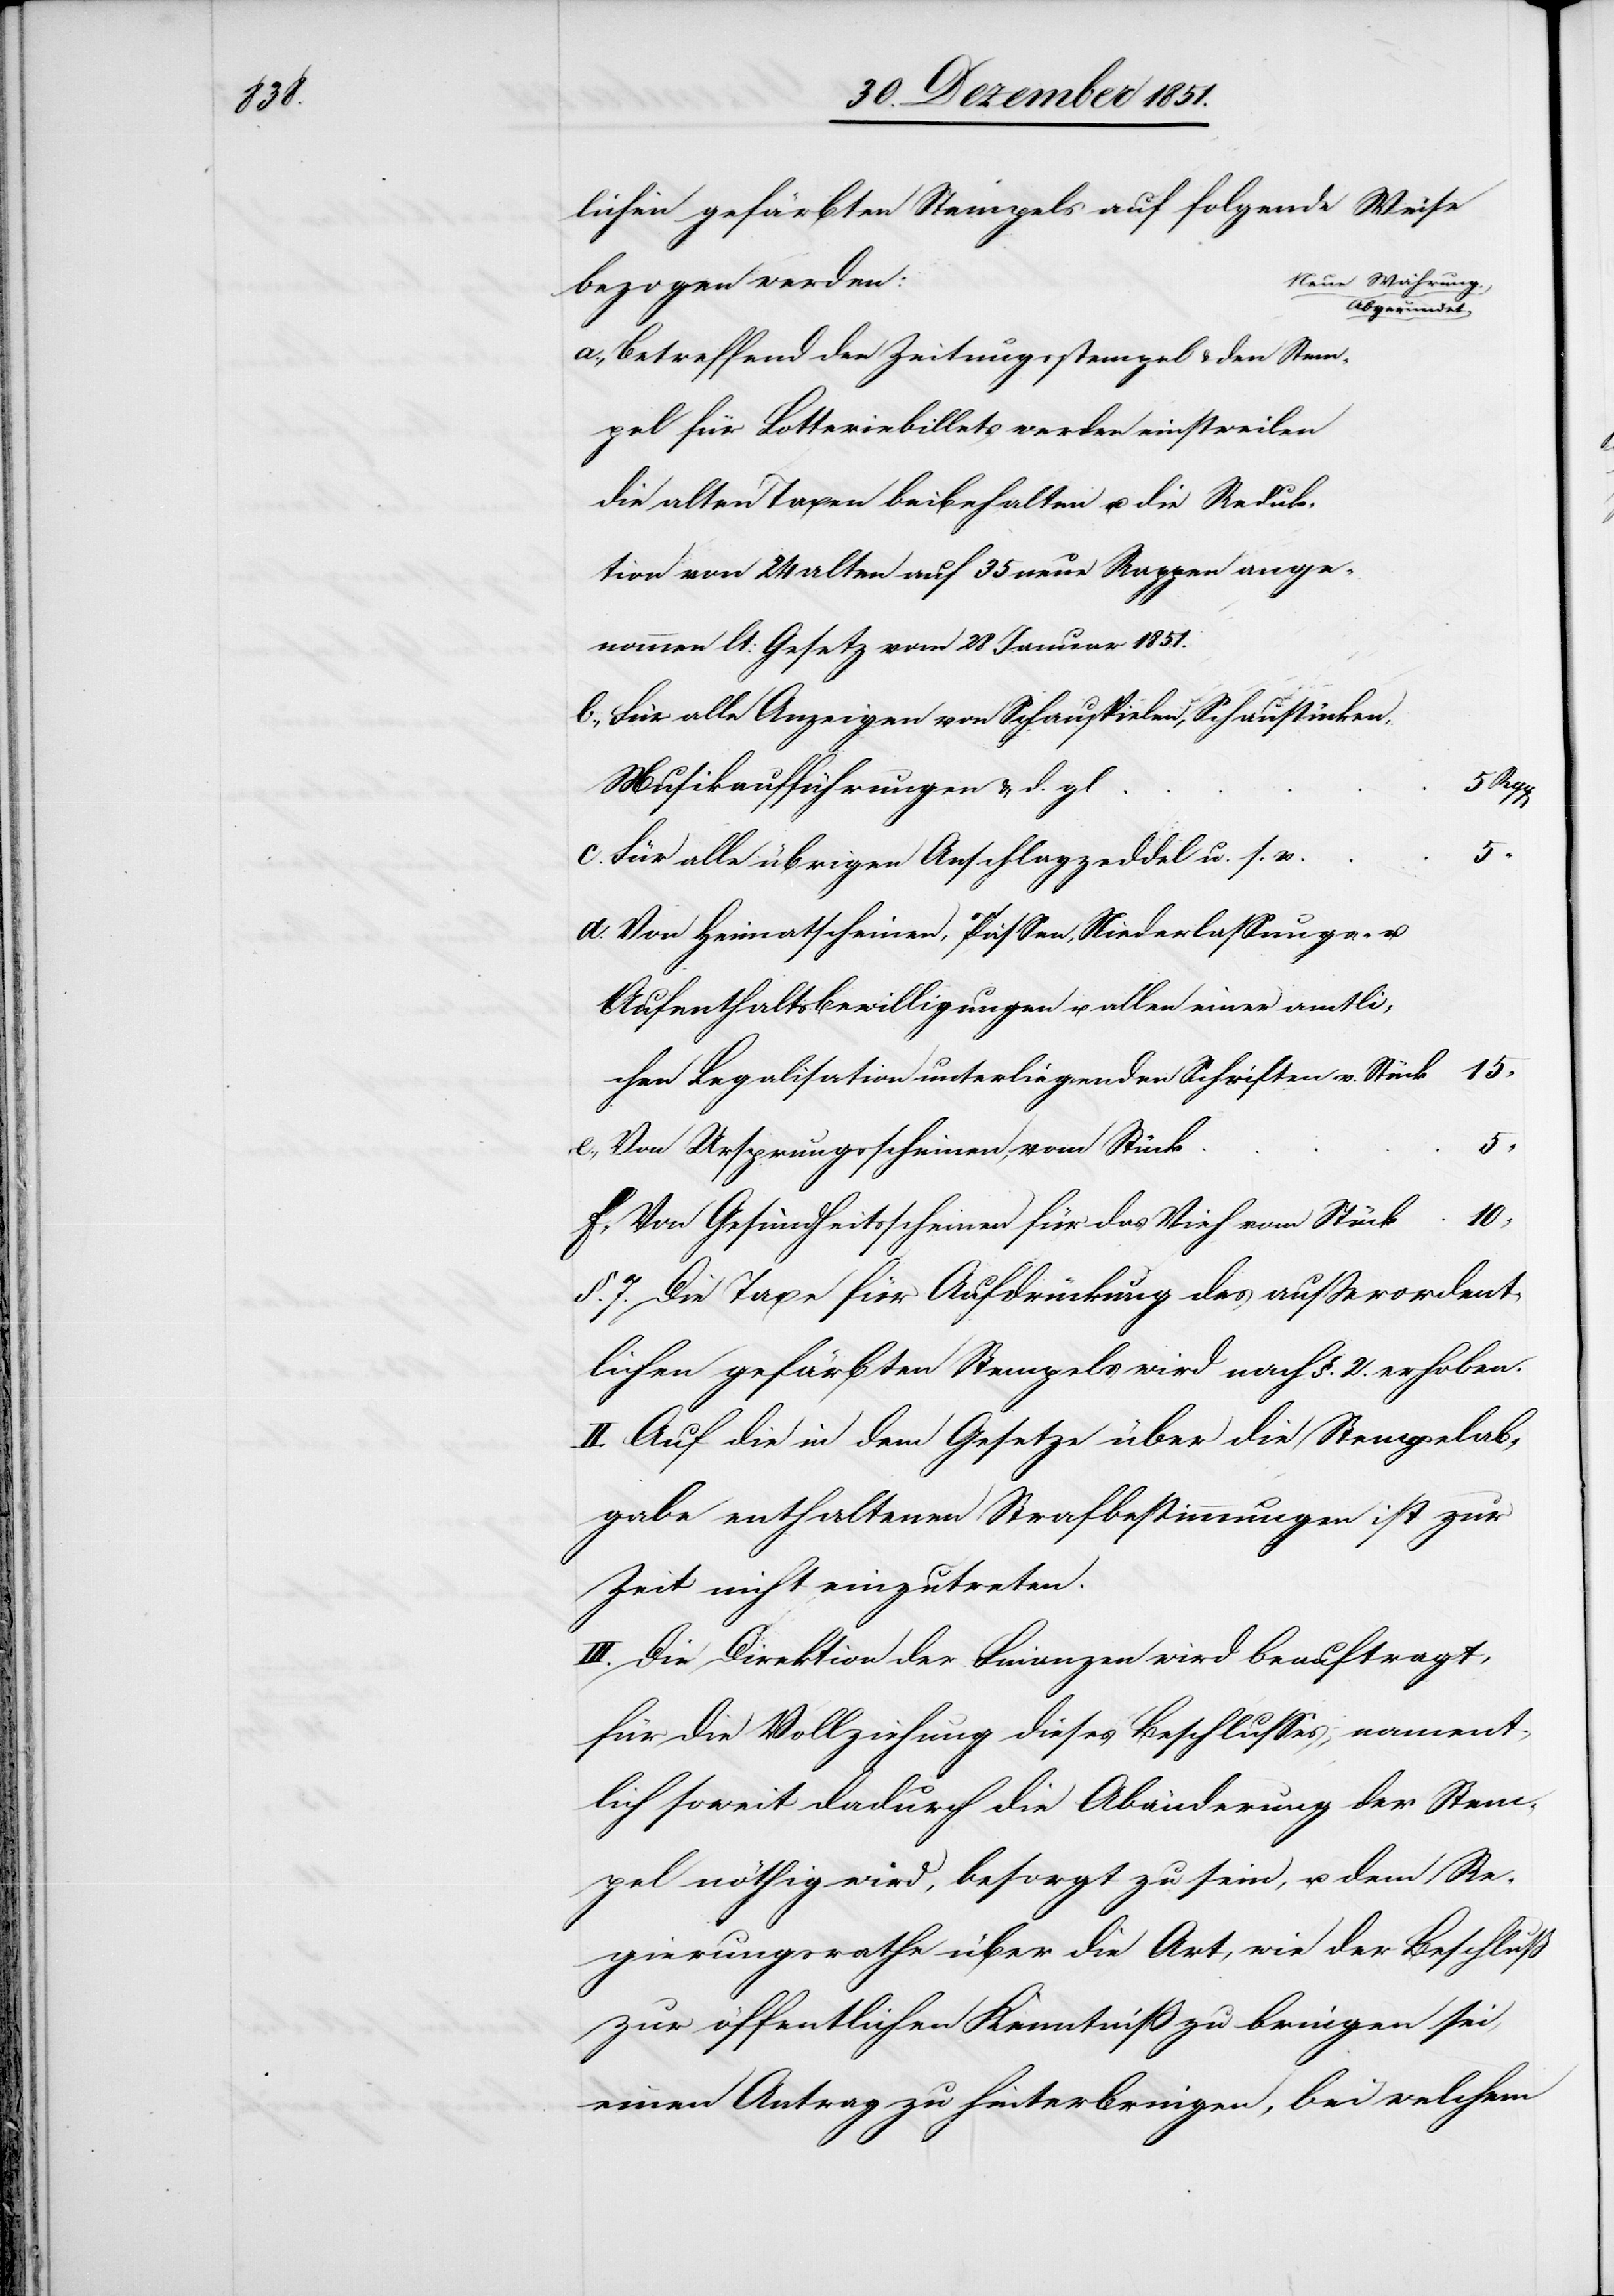
lichen gefärbten Stempels auf folgende Weise
Neue Währung.
bezogen werden:
Abgerundet.
Betreffend den Zeitungsstempel & den Stem¬
pel für Lotteriebillets werden einstweilen
die alten Taxen beibehalten u. die Reduk¬
tion von 24 alten auf 35 neue Rappen ange¬
nommen lt: Gesetz vom 28 Januar 1851.
Für alle Anzeigen von Schauspielen, Schaustücken,
Musikaufführungen & d. gl
c.
Für alle übrigen Anschlagzeddel u. s. w.
Von Heimatscheinen, Pässen, Niederlassungs- u.
Aufenthaltsbewilligungen u. allen einer amtli¬
15
chen Legalisation unterliegenden Schriften v. Stück
Von Ursprungsscheinen, vom Stück
Von Gesundheitsscheinen für das Vieh vom Stück
§. 7. Die Taxe für Aufdrückung des außerordent¬
lichen gefärbten Stempels wird nach §. 2. erhoben.
II. Auf die in dem Gesetze über die Stempelab¬
gabe enthaltenen Strafbestimmungen ist zur
Zeit nicht einzutreten.
III. Die Direktion der Finanzen wird beauftragt,
für die Vollziehung dieses Beschlusses, nament¬
lich soweit dadurch die Abänderung der Stem¬
pel nöthig wird, besorgt zu sein, u. dem Re¬
gierungsrathe über die Art, wie der Beschluß
zur öffentlichen Kenntniß zu bringen sei,
einen Antrag zu hinterbringen, bei welchem